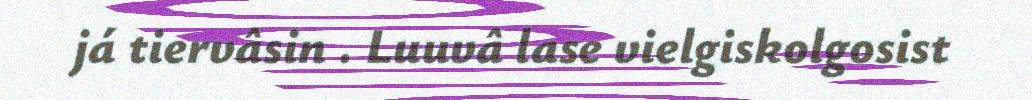
já tiervâsin . Luuvâ lase vielgiskolgosist